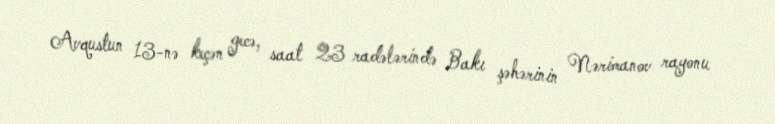
Avqustun 13-nə keçən gecə, saat 23 radələrində Bakı şəhərinin Nərimanov rayonu